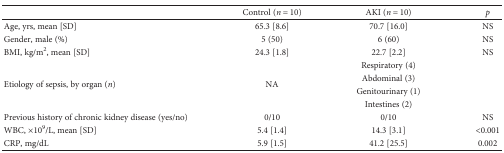
<table><thead><tr><td></td><td><b>Control (<i>n</i> = 10)</b></td><td><b>AKI (<i>n</i> = 10)</b></td><td><b><i>p</i></b></td></tr></thead><tbody><tr><td>Age, yrs, mean [SD]</td><td>65.3 [8.6]</td><td>70.7 [16.0]</td><td>NS</td></tr><tr><td>Gender, male (%)</td><td>5 (50)</td><td>6 (60)</td><td>NS</td></tr><tr><td>BMI, kg/m<sup>2</sup>, mean [SD]</td><td>24.3 [1.8]</td><td>22.7 [2.2]</td><td>NS</td></tr><tr><td rowspan="4">Etiology of sepsis, by organ (<i>n</i>)</td><td rowspan="4">NA</td><td>Respiratory (4)</td><td rowspan="4"></td></tr><tr><td>Abdominal (3)</td></tr><tr><td>Genitourinary (1)</td></tr><tr><td>Intestines (2)</td></tr><tr><td>Previous history of chronic kidney disease (yes/no)</td><td>0/10</td><td>0/10</td><td>NS</td></tr><tr><td>WBC, ×10<sup>9</sup>/L, mean [SD]</td><td>5.4 [1.4]</td><td>14.3 [3.1]</td><td>&lt;0.001</td></tr><tr><td>CRP, mg/dL</td><td>5.9 [1.5]</td><td>41.2 [25.5]</td><td>0.002</td></tr></tbody></table>